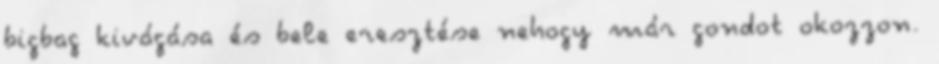
bigbag kivágása és bele eresztése nehogy már gondot okozzon.